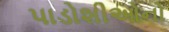
પાડોશીઓનો